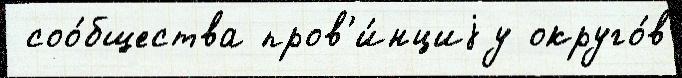
 соо́бщества пров'и́нциjу округо́в